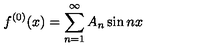
f ^ { ( 0 ) } ( x ) = \sum _ { n = 1 } ^ { \infty } A _ { n } \sin n x